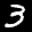
Label: 3